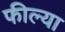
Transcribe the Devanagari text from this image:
फील्या